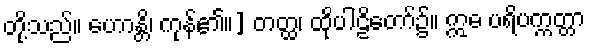
တို့သည်။ ဟောန္တိ၊ ကုန်၏။] တတ္ထ၊ ထိုပါဠိတော်၌။ ဣဓ ပရိပက္ကတ္တာ